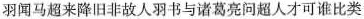
羽闻马超来降旧非故人羽书与诸葛亮问超人才可谁比类